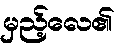
မှည့်လေ၏